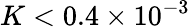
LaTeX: K<0.4\times 10^{-3}